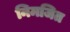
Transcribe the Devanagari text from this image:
निमजित